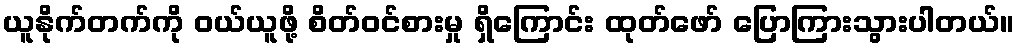
ယူနိုက်တက်ကို ဝယ်ယူဖို့ စိတ်ဝင်စားမှု ရှိကြောင်း ထုတ်ဖော် ပြောကြားသွားပါတယ်။